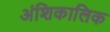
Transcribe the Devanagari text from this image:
अंशिकालिक